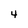
Character: 4